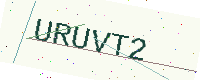
Text: URUVT2